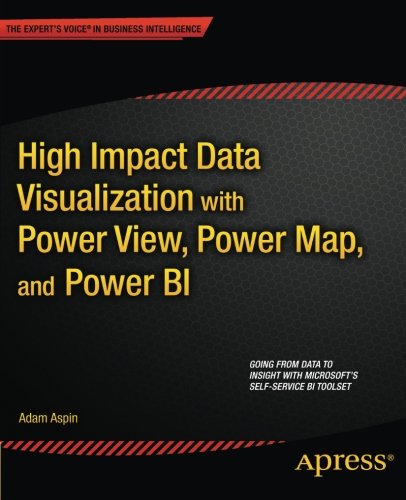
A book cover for High Impact Data Visualization with Power View, Power Map, and Power BI; Adam Aspin; Computers & Technology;